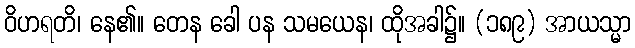
ဝိဟရတိ၊ နေ၏။ တေန ခေါ ပန သမယေန၊ ထိုအခါ၌။ (၁၈၉) အာယသ္မာ